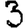
Digit: 3